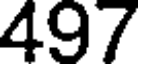
497